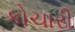
કોચારી